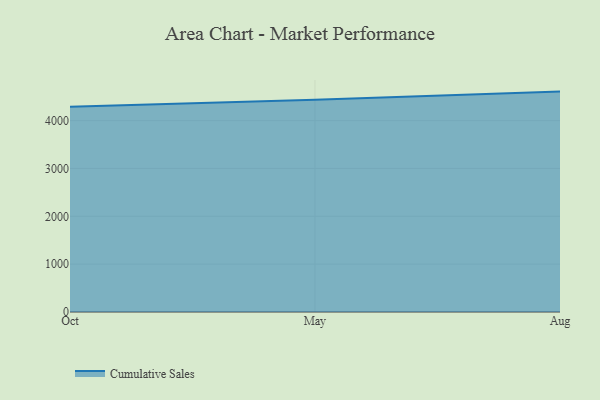
{"axis": {"x": "Month", "y": "Latency (ms)"}, "legend": ["Cumulative Sales"], "data": [{"x": "Oct", "y": 4288.4, "type": "Cumulative Sales"}, {"x": "May", "y": 4436.5, "type": "Cumulative Sales"}, {"x": "Aug", "y": 4606.5, "type": "Cumulative Sales"}]}